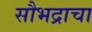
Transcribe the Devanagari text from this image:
सौभद्राचा